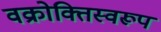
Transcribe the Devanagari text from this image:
वक्रोक्तिस्वरूप